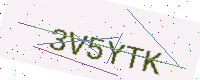
Text: 3V5YTK